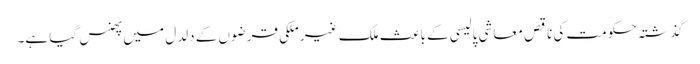
گذشتہ حکومت کی ناقص معاشی پالیسی کے باعث ملک غیر ملکی قرضوں کے دلدل میں پھنس گیا ہے۔